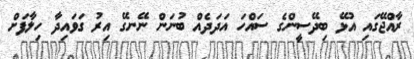
ރާއްޖޭގައި އުޅޭ ބިދޭސީންގެ ސައްހަ އަދަދެއް ބުނަން ނޭނގޭ އިރު ގަވައިދާ ހިލާފަށް